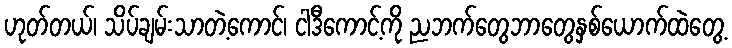
ဟုတ်တယ်၊ သိပ်ချမ်းသာတဲ့ကောင်၊ ငါဒီကောင့်ကို ညဘက်တွေဘာတွေနှစ်ယောက်ထဲတွေ့